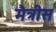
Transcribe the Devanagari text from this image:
मैत्रीस